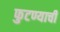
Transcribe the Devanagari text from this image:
फुटण्याची